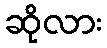
ဆိုလား